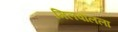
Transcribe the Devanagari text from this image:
मिलवॉलला